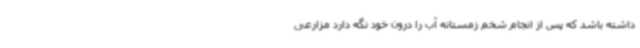
داشته باشد که پس از انجام شخم زمستانه آب را درون خود نگه دارد مزارعی